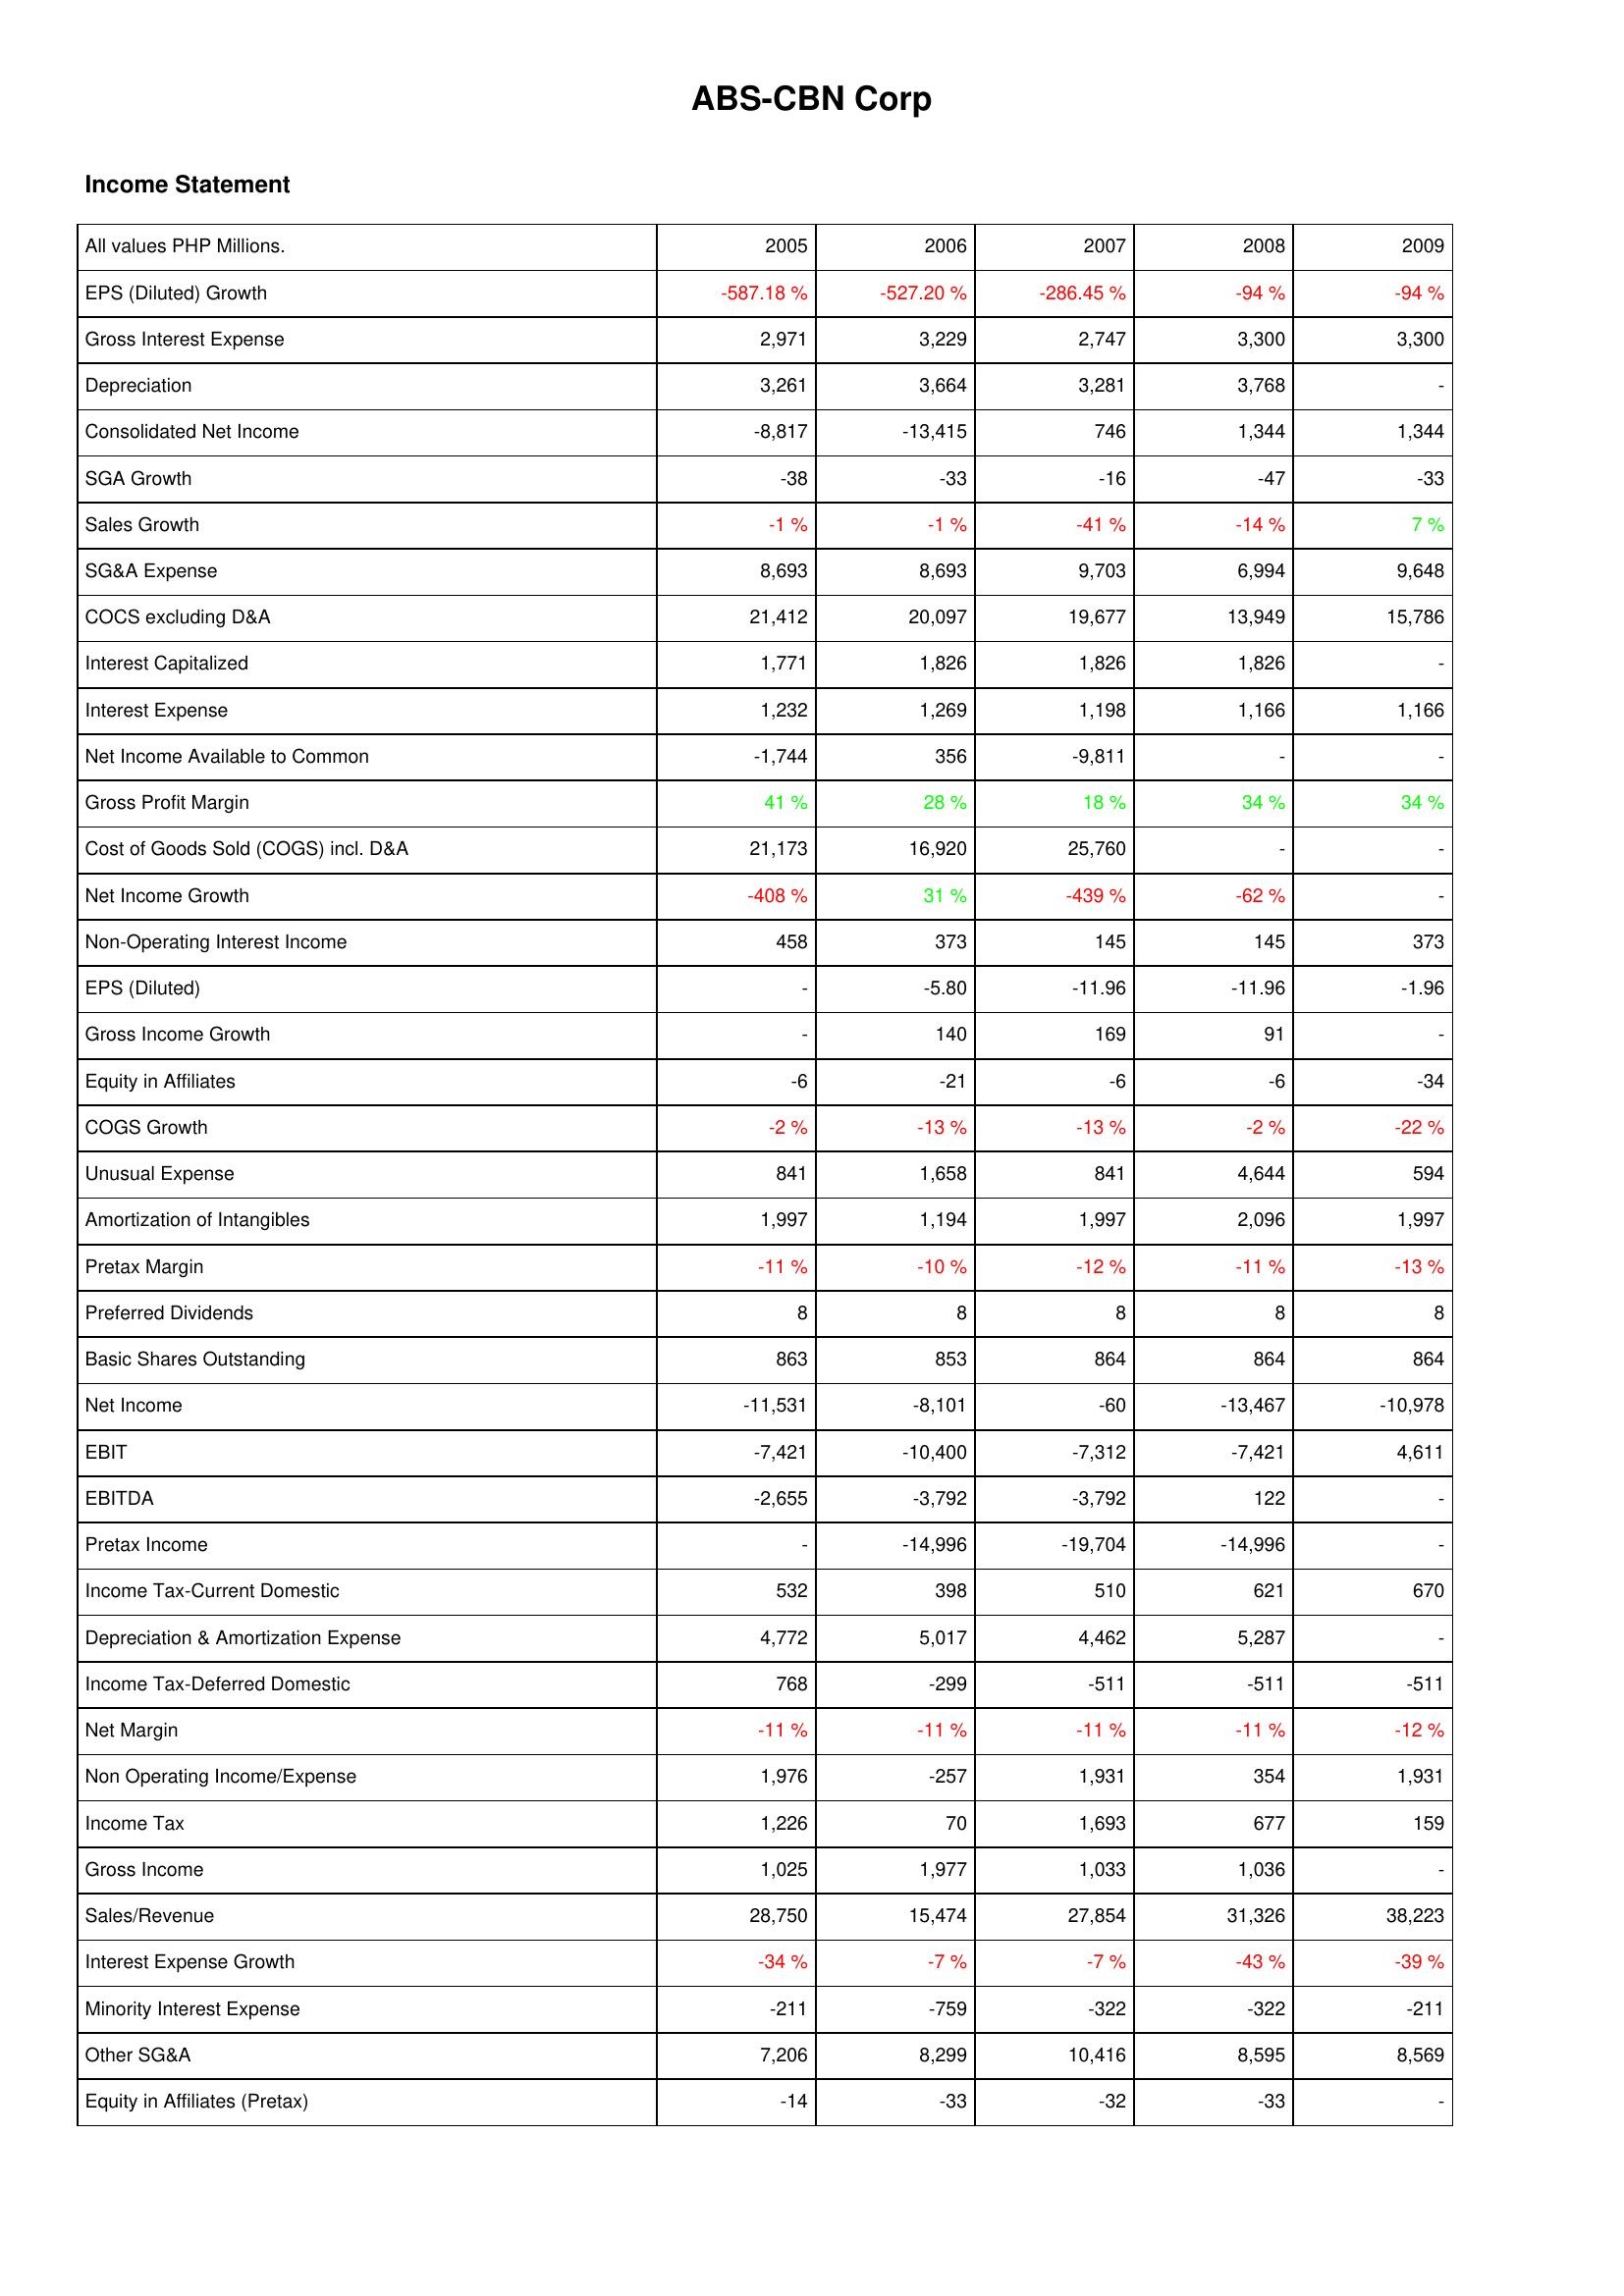
2005: Income Statement: EPS (Diluted) Growth: -587.18 %
Gross Interest Expense: 2,971
Depreciation: 3,261
Consolidated Net Income: -8,817
SGA Growth: -38
Sales Growth: -1 %
SG&A Expense: 8,693
COCS excluding D&A: 21,412
Interest Capitalized: 1,771
Interest Expense: 1,232
Net Income Available to Common: -1,744
Gross Profit Margin: 41 %
Cost of Goods Sold (COGS) incl. D&A: 21,173
Net Income Growth: -408 %
Non-Operating Interest Income: 458
EPS (Diluted): -
Gross Income Growth: -
Equity in Affiliates: -6
COGS Growth: -2 %
Unusual Expense: 841
Amortization of Intangibles: 1,997
Pretax Margin: -11 %
Preferred Dividends: 8
Basic Shares Outstanding: 863
Net Income: -11,531
EBIT: -7,421
EBITDA: -2,655
Pretax Income: -
Income Tax-Current Domestic: 532
Depreciation & Amortization Expense: 4,772
Income Tax-Deferred Domestic: 768
Net Margin: -11 %
Non Operating Income/Expense: 1,976
Income Tax: 1,226
Gross Income: 1,025
Sales/Revenue: 28,750
Interest Expense Growth: -34 %
Minority Interest Expense: -211
Other SG&A: 7,206
Equity in Affiliates (Pretax): -14
2006: Income Statement: EPS (Diluted) Growth: -527.20 %
Gross Interest Expense: 3,229
Depreciation: 3,664
Consolidated Net Income: -13,415
SGA Growth: -33
Sales Growth: -1 %
SG&A Expense: 8,693
COCS excluding D&A: 20,097
Interest Capitalized: 1,826
Interest Expense: 1,269
Net Income Available to Common: 356
Gross Profit Margin: 28 %
Cost of Goods Sold (COGS) incl. D&A: 16,920
Net Income Growth: 31 %
Non-Operating Interest Income: 373
EPS (Diluted): -5.80
Gross Income Growth: 140
Equity in Affiliates: -21
COGS Growth: -13 %
Unusual Expense: 1,658
Amortization of Intangibles: 1,194
Pretax Margin: -10 %
Preferred Dividends: 8
Basic Shares Outstanding: 853
Net Income: -8,101
EBIT: -10,400
EBITDA: -3,792
Pretax Income: -14,996
Income Tax-Current Domestic: 398
Depreciation & Amortization Expense: 5,017
Income Tax-Deferred Domestic: -299
Net Margin: -11 %
Non Operating Income/Expense: -257
Income Tax: 70
Gross Income: 1,977
Sales/Revenue: 15,474
Interest Expense Growth: -7 %
Minority Interest Expense: -759
Other SG&A: 8,299
Equity in Affiliates (Pretax): -33
2007: Income Statement: EPS (Diluted) Growth: -286.45 %
Gross Interest Expense: 2,747
Depreciation: 3,281
Consolidated Net Income: 746
SGA Growth: -16
Sales Growth: -41 %
SG&A Expense: 9,703
COCS excluding D&A: 19,677
Interest Capitalized: 1,826
Interest Expense: 1,198
Net Income Available to Common: -9,811
Gross Profit Margin: 18 %
Cost of Goods Sold (COGS) incl. D&A: 25,760
Net Income Growth: -439 %
Non-Operating Interest Income: 145
EPS (Diluted): -11.96
Gross Income Growth: 169
Equity in Affiliates: -6
COGS Growth: -13 %
Unusual Expense: 841
Amortization of Intangibles: 1,997
Pretax Margin: -12 %
Preferred Dividends: 8
Basic Shares Outstanding: 864
Net Income: -60
EBIT: -7,312
EBITDA: -3,792
Pretax Income: -19,704
Income Tax-Current Domestic: 510
Depreciation & Amortization Expense: 4,462
Income Tax-Deferred Domestic: -511
Net Margin: -11 %
Non Operating Income/Expense: 1,931
Income Tax: 1,693
Gross Income: 1,033
Sales/Revenue: 27,854
Interest Expense Growth: -7 %
Minority Interest Expense: -322
Other SG&A: 10,416
Equity in Affiliates (Pretax): -32
2008: Income Statement: EPS (Diluted) Growth: -94 %
Gross Interest Expense: 3,300
Depreciation: 3,768
Consolidated Net Income: 1,344
SGA Growth: -47
Sales Growth: -14 %
SG&A Expense: 6,994
COCS excluding D&A: 13,949
Interest Capitalized: 1,826
Interest Expense: 1,166
Net Income Available to Common: -
Gross Profit Margin: 34 %
Cost of Goods Sold (COGS) incl. D&A: -
Net Income Growth: -62 %
Non-Operating Interest Income: 145
EPS (Diluted): -11.96
Gross Income Growth: 91
Equity in Affiliates: -6
COGS Growth: -2 %
Unusual Expense: 4,644
Amortization of Intangibles: 2,096
Pretax Margin: -11 %
Preferred Dividends: 8
Basic Shares Outstanding: 864
Net Income: -13,467
EBIT: -7,421
EBITDA: 122
Pretax Income: -14,996
Income Tax-Current Domestic: 621
Depreciation & Amortization Expense: 5,287
Income Tax-Deferred Domestic: -511
Net Margin: -11 %
Non Operating Income/Expense: 354
Income Tax: 677
Gross Income: 1,036
Sales/Revenue: 31,326
Interest Expense Growth: -43 %
Minority Interest Expense: -322
Other SG&A: 8,595
Equity in Affiliates (Pretax): -33
2009: Income Statement: EPS (Diluted) Growth: -94 %
Gross Interest Expense: 3,300
Depreciation: -
Consolidated Net Income: 1,344
SGA Growth: -33
Sales Growth: 7 %
SG&A Expense: 9,648
COCS excluding D&A: 15,786
Interest Capitalized: -
Interest Expense: 1,166
Net Income Available to Common: -
Gross Profit Margin: 34 %
Cost of Goods Sold (COGS) incl. D&A: -
Net Income Growth: -
Non-Operating Interest Income: 373
EPS (Diluted): -1.96
Gross Income Growth: -
Equity in Affiliates: -34
COGS Growth: -22 %
Unusual Expense: 594
Amortization of Intangibles: 1,997
Pretax Margin: -13 %
Preferred Dividends: 8
Basic Shares Outstanding: 864
Net Income: -10,978
EBIT: 4,611
EBITDA: -
Pretax Income: -
Income Tax-Current Domestic: 670
Depreciation & Amortization Expense: -
Income Tax-Deferred Domestic: -511
Net Margin: -12 %
Non Operating Income/Expense: 1,931
Income Tax: 159
Gross Income: -
Sales/Revenue: 38,223
Interest Expense Growth: -39 %
Minority Interest Expense: -211
Other SG&A: 8,569
Equity in Affiliates (Pretax): -